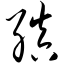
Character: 缜